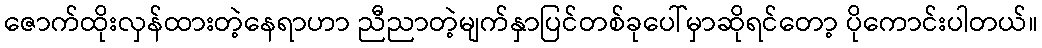
ဇောက်ထိုးလှန်ထားတဲ့နေရာဟာ ညီညာတဲ့မျက်နှာပြင်တစ်ခုပေါ်မှာဆိုရင်တော့ ပိုကောင်းပါတယ်။